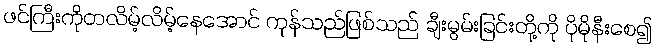
ဖင်ကြီးကိုတလိမ့်လိမ့်နေအောင် ကုန်သည်ဖြစ်သည် ချီးမွမ်းခြင်းတို့ကို ပိုမိုနီးစေ၍